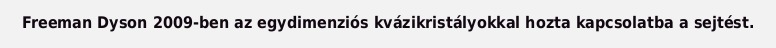
Freeman Dyson 2009-ben az egydimenziós kvázikristályokkal hozta kapcsolatba a sejtést.